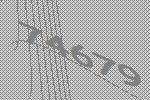
74679